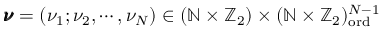
\pmb { \nu } = ( \nu _ { 1 } ; \nu _ { 2 } , \cdots , \nu _ { N } ) \in ( \mathbb { N } \times \mathbb { Z } _ { 2 } ) \times ( \mathbb { N } \times \mathbb { Z } _ { 2 } ) _ { \mathrm { o r d } } ^ { N - 1 }